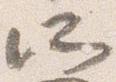
所